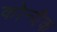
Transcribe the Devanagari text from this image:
कोन्यैक